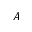
A